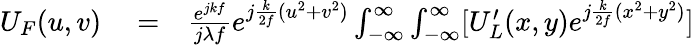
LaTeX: \begin{array}{rlr}{U_{F}(u,v)}&{{}=}&{\frac{e^{jkf}}{j\lambda f}e^{j\frac{k}{2f}(u^{2}+v^{2})}\int_{-\infty}^{\infty}\int_{-\infty}^{\infty}[U_{L}^{\prime}(x,y)e^{j\frac{k}{2f}(x^{2}+y^{2})}]}\end{array}